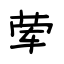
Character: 荤